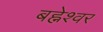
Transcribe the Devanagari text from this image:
बह्नेश्वर